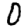
Digit: 0